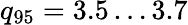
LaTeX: q_{95}=3.5\dots 3.7